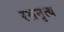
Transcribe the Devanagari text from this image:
रसनृत्य